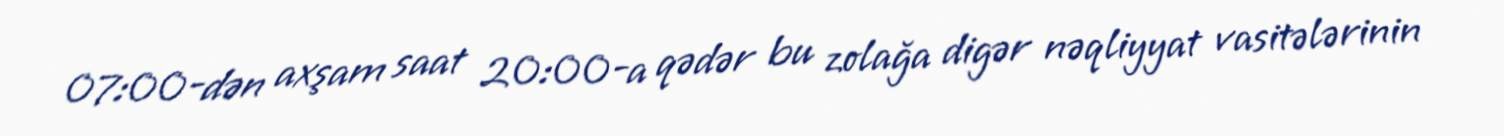
07:00-dən axşam saat 20:00-a qədər bu zolağa digər nəqliyyat vasitələrinin